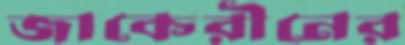
জাকেরীনের